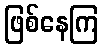
ဖြစ်နေကြ